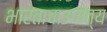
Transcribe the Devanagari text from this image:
भारताचाउपांत्य